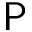
\mathsf { P }